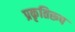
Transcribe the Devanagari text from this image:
प्रकृतिरूप